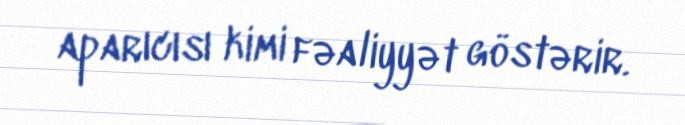
aparıcısı kimi fəaliyyət göstərir.